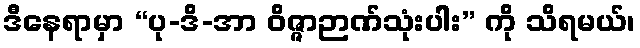
ဒီနေရာမှာ “ပု-ဒိ-အာ ဝိဇ္ဇာဉာဏ်သုံးပါး” ကို သိရမယ်၊